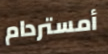
أمستردام